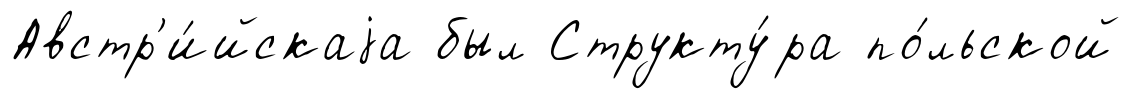
Австр'и́йскаjа был Структу́ра по́льской